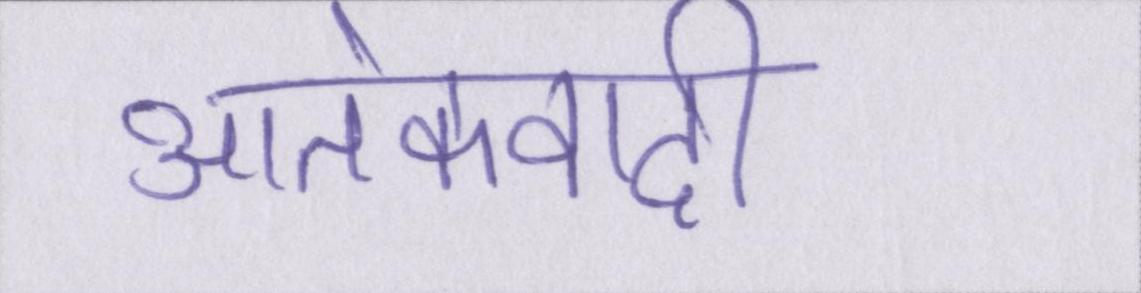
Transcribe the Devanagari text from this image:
आतंकवादी